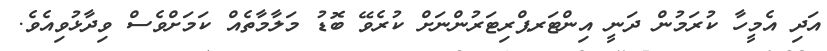
އަދި އެމީހާ ކުރަމުން ދަނީ އިންޓަރޕްރިޓަރުންނަށް ކުރެވޭ ބޮޑު މަލާމާތެއް ކަމަށްވެސް ވިދާޅުވިއެވެ.